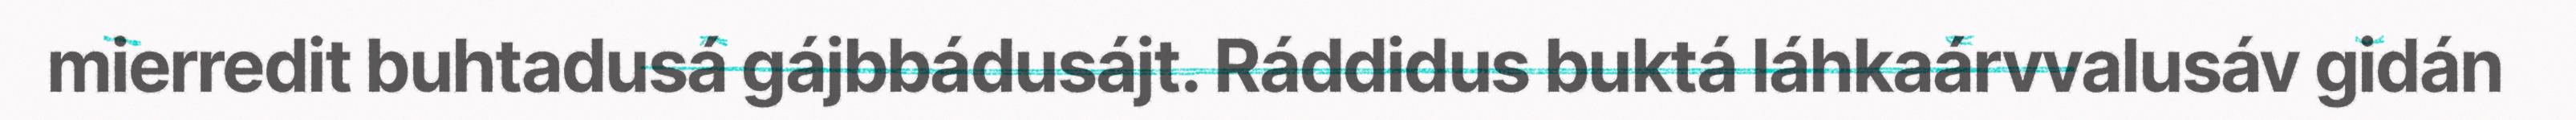
mierredit buhtadusá gájbbádusájt. Ráddidus buktá láhkaárvvalusáv gidán